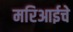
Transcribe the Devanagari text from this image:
मरिआईचे